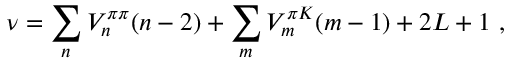
\nu = \sum _ { n } V _ { n } ^ { \pi \pi } ( n - 2 ) + \sum _ { m } V _ { m } ^ { \pi K } ( m - 1 ) + 2 L + 1 ~ ,